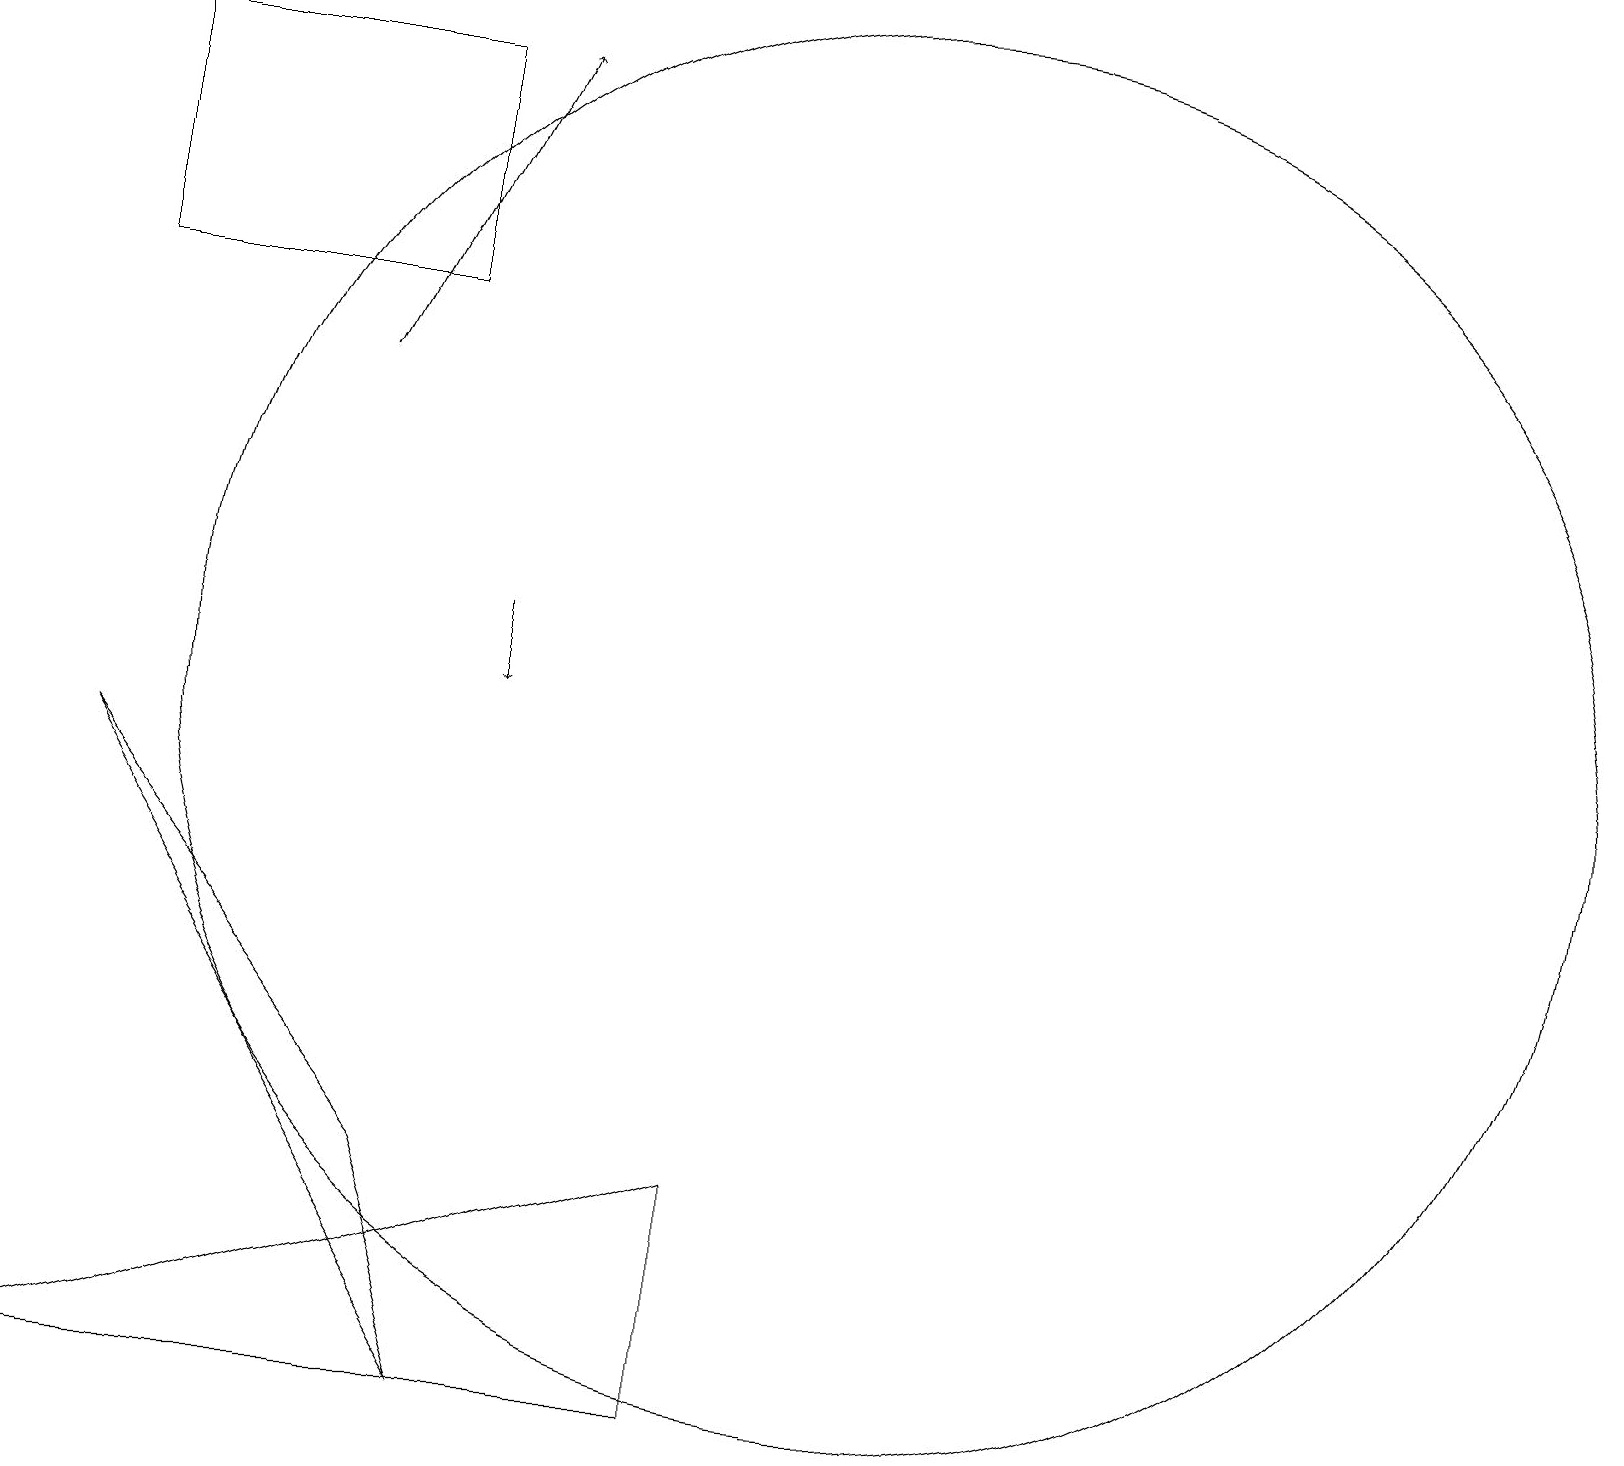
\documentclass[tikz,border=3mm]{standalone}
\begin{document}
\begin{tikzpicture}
\draw[->] (6,11) -- (6,10);
\draw[->] (4,14) -- (6,18);
\draw (5,4) -- (6,1) -- (1,9) -- cycle;
\draw (5,15) rectangle (1,18);
\draw (11,10) circle (9);
\draw (0,1) -- (9,4) -- (9,1) -- cycle;
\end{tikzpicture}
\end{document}